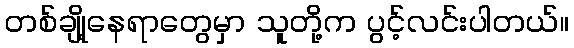
တစ်ချို့နေရာတွေမှာ သူတို့က ပွင့်လင်းပါတယ်။